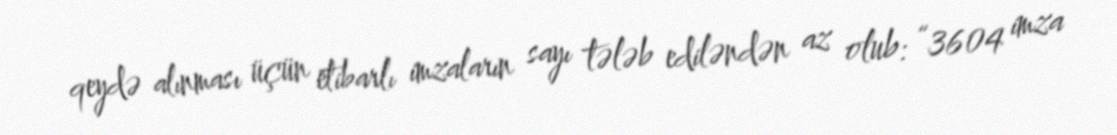
qeydə alınması üçün etibarlı imzaların sayı tələb ediləndən az olub: “3604 imza